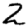
Digit: 2